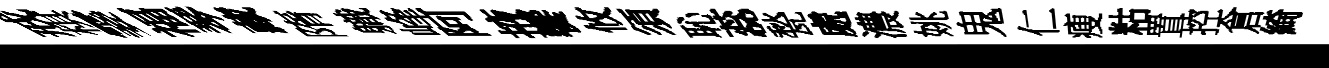
戒棋霎福琴藏隋軄峰阿掖饗攸須恥蕊甃處濃姚鬼仁瘦䊀置控倉綺